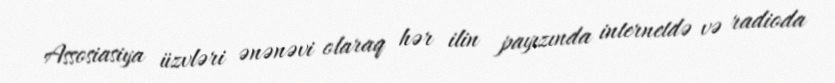
Assosiasiya üzvləri ənənəvi olaraq hər ilin payızında internetdə və radioda